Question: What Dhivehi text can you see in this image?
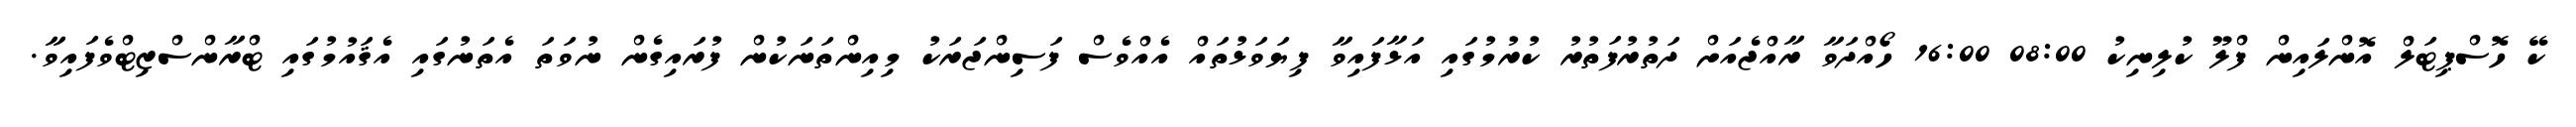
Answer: ކޭ ހޮސްޕިޓަލް އޮންލައިން ފްލޫ ކުލިނިކު 08:00 16:00 ހޯއްދަވާ ރާއްޖެއަށް ދަތުރުފަތުރު ކުރުމުގައި އަޅާފައިވާ ފިޔަވަޅުތައް އެއްވެސް ފަސިންޖަރަކު މިއިންތަނަކުން ފުރައިގެން ނުވަތަ އެތަނުގައި އެޤައުމުގައި ޓްރާންސްޒިޓްވެފައިވާ.